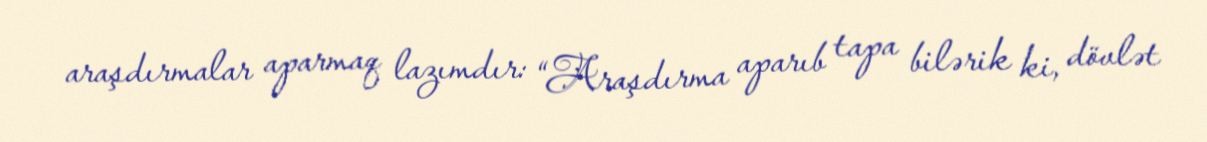
araşdırmalar aparmaq lazımdır: “Araşdırma aparıb tapa bilərik ki, dövlət